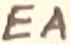
Text: EA